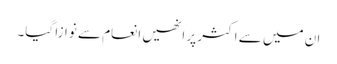
ان میں سے اکثر پر انھیں انعام سے نوازا گیا۔